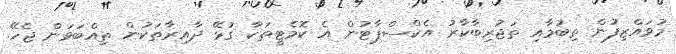
މުވައްޒިފުން ތިބުމާއި ތަޖުރިބާކާރު އެކްސްޕާޓުން އެ ކޮމެޓީތަކާ ގުޅޭ ދާއިރާތަކުން ތިއްބަވަން ޖެހޭ.